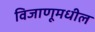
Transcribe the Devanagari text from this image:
विजाणूमधील